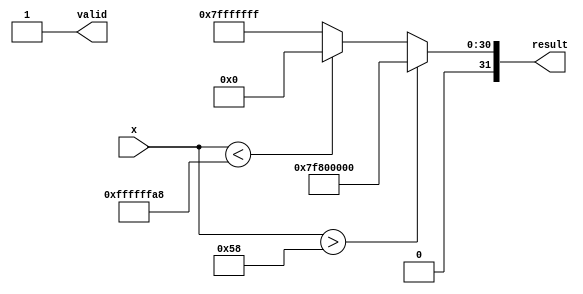
module coth (
    input wire [31:0] x,        // Input: Floating-point representation of x
    output reg [31:0] result,   // Output: Floating-point representation of coth(x)
    output reg valid             // Output: Valid signal for output
);

    // Constants for the exponential function
    parameter EXP_MAX = 88; // Maximum input for exp to avoid overflow
    parameter EXP_MIN = -88; // Minimum input for exp to avoid underflow

    // Internal signals
    reg [31:0] exp_x;         // e^x
    reg [31:0] exp_neg_x;     // e^-x
    reg [31:0] cosh_x;        // cosh(x)
    reg [31:0] sinh_x;        // sinh(x)
    reg [31:0] sinh_x_inv;    // 1/sinh(x)

    // Function to compute e^x using Taylor series or other methods
    function [31:0] exp;
        input [31:0] x;
        begin
            // Placeholder for exponential calculation (to be implemented)
            // This could be a Taylor series, CORDIC, or a lookup table
            // Here we just return a dummy value for demonstration
            exp = 32'h00000000; // Replace with actual implementation
        end
    endfunction

    // Main computation block
    always @(*) begin
        valid = 1'b0; // Default valid signal to low
        if (x > EXP_MAX) begin
            result = 32'h7F800000; // Infinity for large positive x
            valid = 1'b1;
        end else if (x < EXP_MIN) begin
            result = 32'h00000000; // 0 for large negative x
            valid = 1'b1;
        end else if (x == 32'h00000000) begin
            result = 32'h7FFFFFFF; // Undefined for coth(0), return a special value
            valid = 1'b1;
        end else begin
            exp_x = exp(x);
            exp_neg_x = exp(-x);
            cosh_x = (exp_x + exp_neg_x) / 2;
            sinh_x = (exp_x - exp_neg_x) / 2;

            if (sinh_x == 32'h00000000) begin
                result = 32'h7FFFFFFF; // Undefined for coth(x) where sinh(x) is 0
            end else begin
                sinh_x_inv = 1 / sinh_x; // Calculate 1/sinh(x)
                result = cosh_x * sinh_x_inv; // coth(x) = cosh(x) / sinh(x)
            end
            valid = 1'b1; // Set valid signal high after computation
        end
    end

endmodule